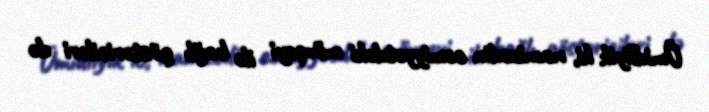
Ümidliyik ki, namizədin cəmiyyətdəki mövqeyi ilə bağlı göstəriciləri də